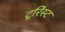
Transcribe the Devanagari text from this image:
टूरिंस्ट